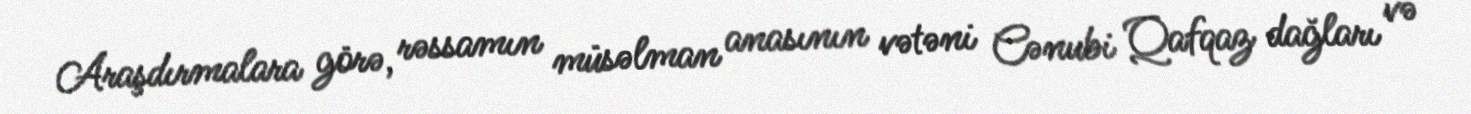
Araşdırmalara görə, rəssamın müsəlman anasının vətəni Cənubi Qafqaz dağları və